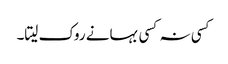
کسی نہ کسی بہانے روک لیتا۔